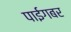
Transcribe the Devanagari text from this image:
पाईगबर